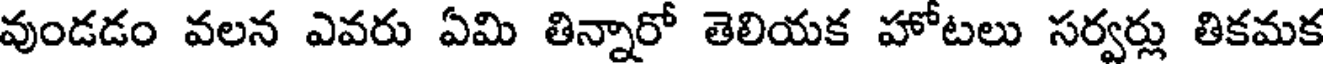
వుండడం వలన ఎవరు ఏమి తిన్నారో తెలియక హోటలు సర్వర్లు తికమక